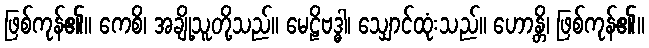
ဖြစ်ကုန်၏။ ကေစိ၊ အချို့သူတို့သည်။ မေဠိဗဒ္ဓါ၊ သျှောင်ထုံးသည်။ ဟောန္တိ၊ ဖြစ်ကုန်၏။